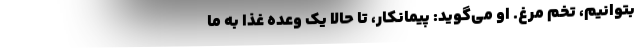
بتوانیم، تخم مرغ. او می‌گوید: پیمانکار، تا حالا یک وعده غذا به ما